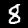
Label: 8